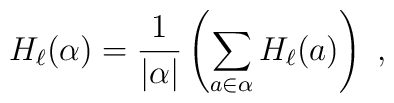
H_\ell(\alpha)= {1\over |\alpha|}\left(\sum_{a\in \alpha} H_\ell(a)\right)~,